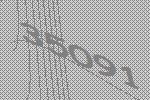
35091